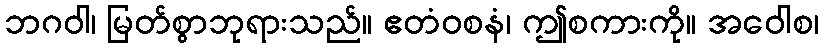
ဘဂဝါ၊ မြတ်စွာဘုရားသည်။ ဧတံဝစနံ၊ ဤစကားကို။ အဝေါစ၊